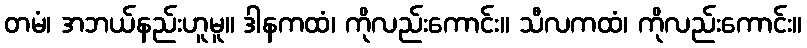
တမံ၊ အဘယ်နည်းဟူမူ။ ဒါနကထံ၊ ကိုလည်းကောင်း။ သီလကထံ၊ ကိုလည်းကောင်း။